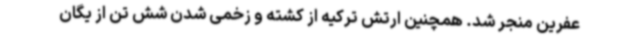
عفرین منجر شد. همچنین ارتش ترکیه از کشته و زخمی شدن شش تن از یگان